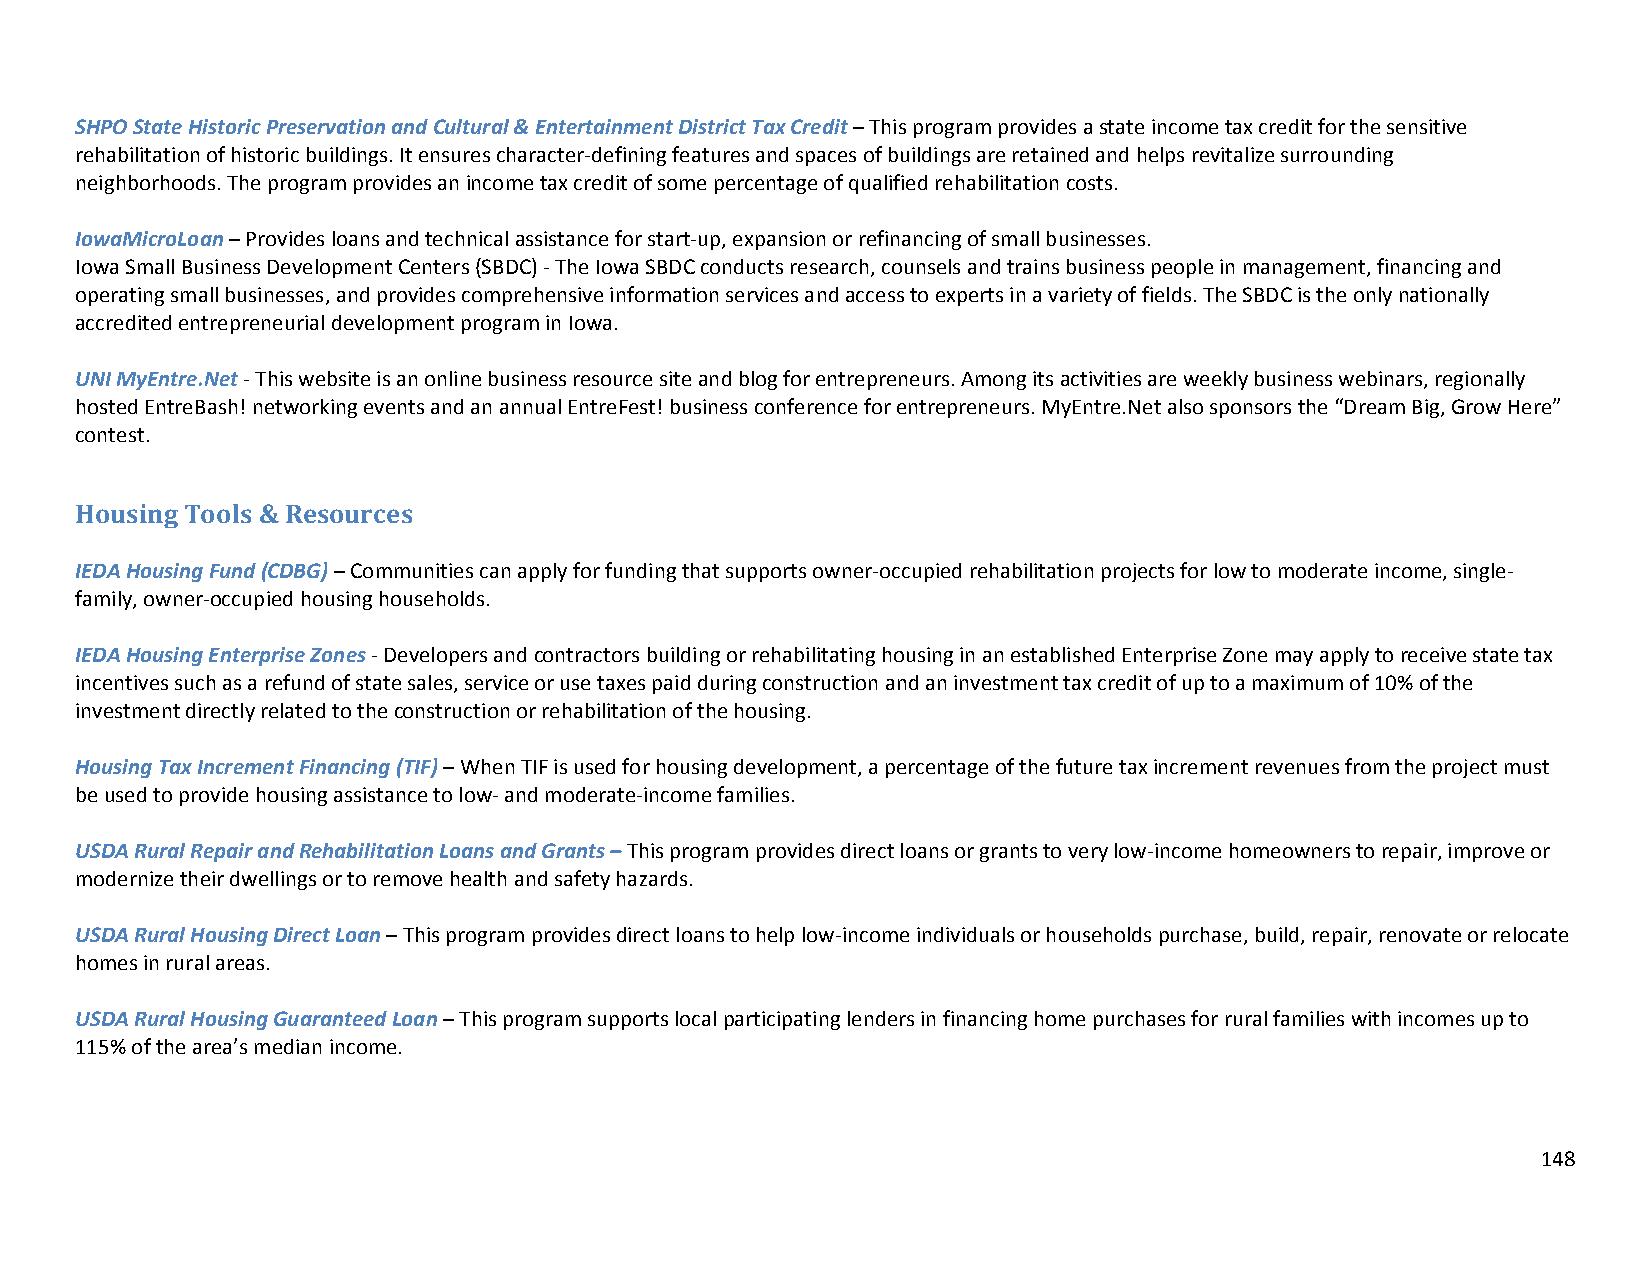
SHPO State Historic Preservation and Cultural & Entertainment District Tax Credit – This program provides a state income tax credit for the sensitive
 rehabilitation of historic buildings. It ensures character‐defining features and spaces of buildings are retained and helps revitalize surrounding
 neighborhoods. The program provides an income tax credit of some percentage of qualified rehabilitation costs.
 IowaMicroLoan – Provides loans and technical assistance for start‐up, expansion or refinancing of small businesses.
 Iowa Small Business Development Centers (SBDC) ‐ The Iowa SBDC conducts research, counsels and trains business people in management, financing and
 operating small businesses, and provides comprehensive information services and access to experts in a variety of fields. The SBDC is the only nationally
 accredited entrepreneurial development program in Iowa.
 UNI MyEntre.Net ‐ This website is an online business resource site and blog for entrepreneurs. Among its activities are weekly business webinars, regionally
 hosted EntreBash! networking events and an annual EntreFest! business conference for entrepreneurs. MyEntre.Net also sponsors the “Dream Big, Grow Here”
 contest.
 Housing Tools & Resources
 IEDA Housing Fund (CDBG) – Communities can apply for funding that supports owner‐occupied rehabilitation projects for low to moderate income, single‐
 family, owner‐occupied housing households.
 IEDA Housing Enterprise Zones ‐ Developers and contractors building or rehabilitating housing in an established Enterprise Zone may apply to receive state tax
 incentives such as a refund of state sales, service or use taxes paid during construction and an investment tax credit of up to a maximum of 10% of the
 investment directly related to the construction or rehabilitation of the housing.
 Housing Tax Increment Financing (TIF) – When TIF is used for housing development, a percentage of the future tax increment revenues from the project must
 be used to provide housing assistance to low‐ and moderate‐income families.
 USDA Rural Repair and Rehabilitation Loans and Grants – This program provides direct loans or grants to very low‐income homeowners to repair, improve or
 modernize their dwellings or to remove health and safety hazards.
 USDA Rural Housing Direct Loan – This program provides direct loans to help low‐income individuals or households purchase, build, repair, renovate or relocate
 homes in rural areas.
 USDA Rural Housing Guaranteed Loan – This program supports local participating lenders in financing home purchases for rural families with incomes up to
 115% of the area’s median income.
 148